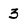
Character: 3